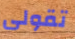
تقولى